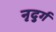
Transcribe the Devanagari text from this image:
नृदुर्ग